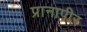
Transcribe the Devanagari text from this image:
प्रानापीर